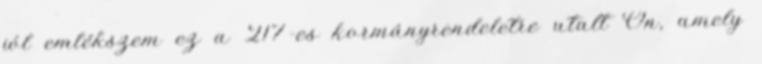
jól emlékszem ez a 217-es kormányrendeletre utalt Ön, amely